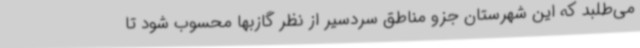
می‌طلبد که این شهرستان جزو مناطق سردسیر از نظر گازبها محسوب شود تا